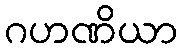
ဂဟဏိယာ